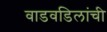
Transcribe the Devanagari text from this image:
वाडवडिलांची